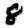
Digit: 8